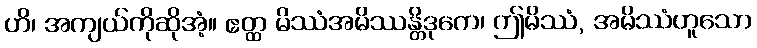
ဟိ၊ အကျယ်ကိုဆိုအံ့။ ဧတ္ထ မိဿံအမိဿန္တိဒုကေ၊ ဤမိဿံ, အမိဿံဟူသော